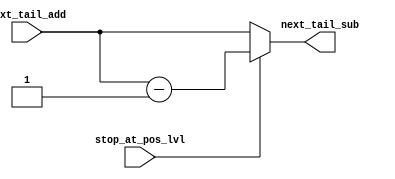
module next_tail_sub_logic(
    // 
    input [2:0] next_tail_add,
    input stop_at_pos_lvl,
    // 
    output [2:0] next_tail_sub
);
    // 
    assign next_tail_sub = stop_at_pos_lvl ? next_tail_add - 1 : next_tail_add;
endmodule